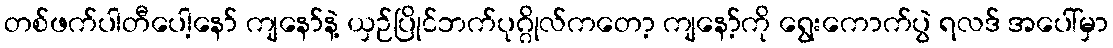
တစ်ဖက်ပါတီပေါ့နော် ကျနော်နဲ့ ယှဉ်ပြိုင်ဘက်ပုဂ္ဂိုလ်ကတော့ ကျနော့်ကို ရွေးကောက်ပွဲ ရလဒ် အပေါ်မှာ